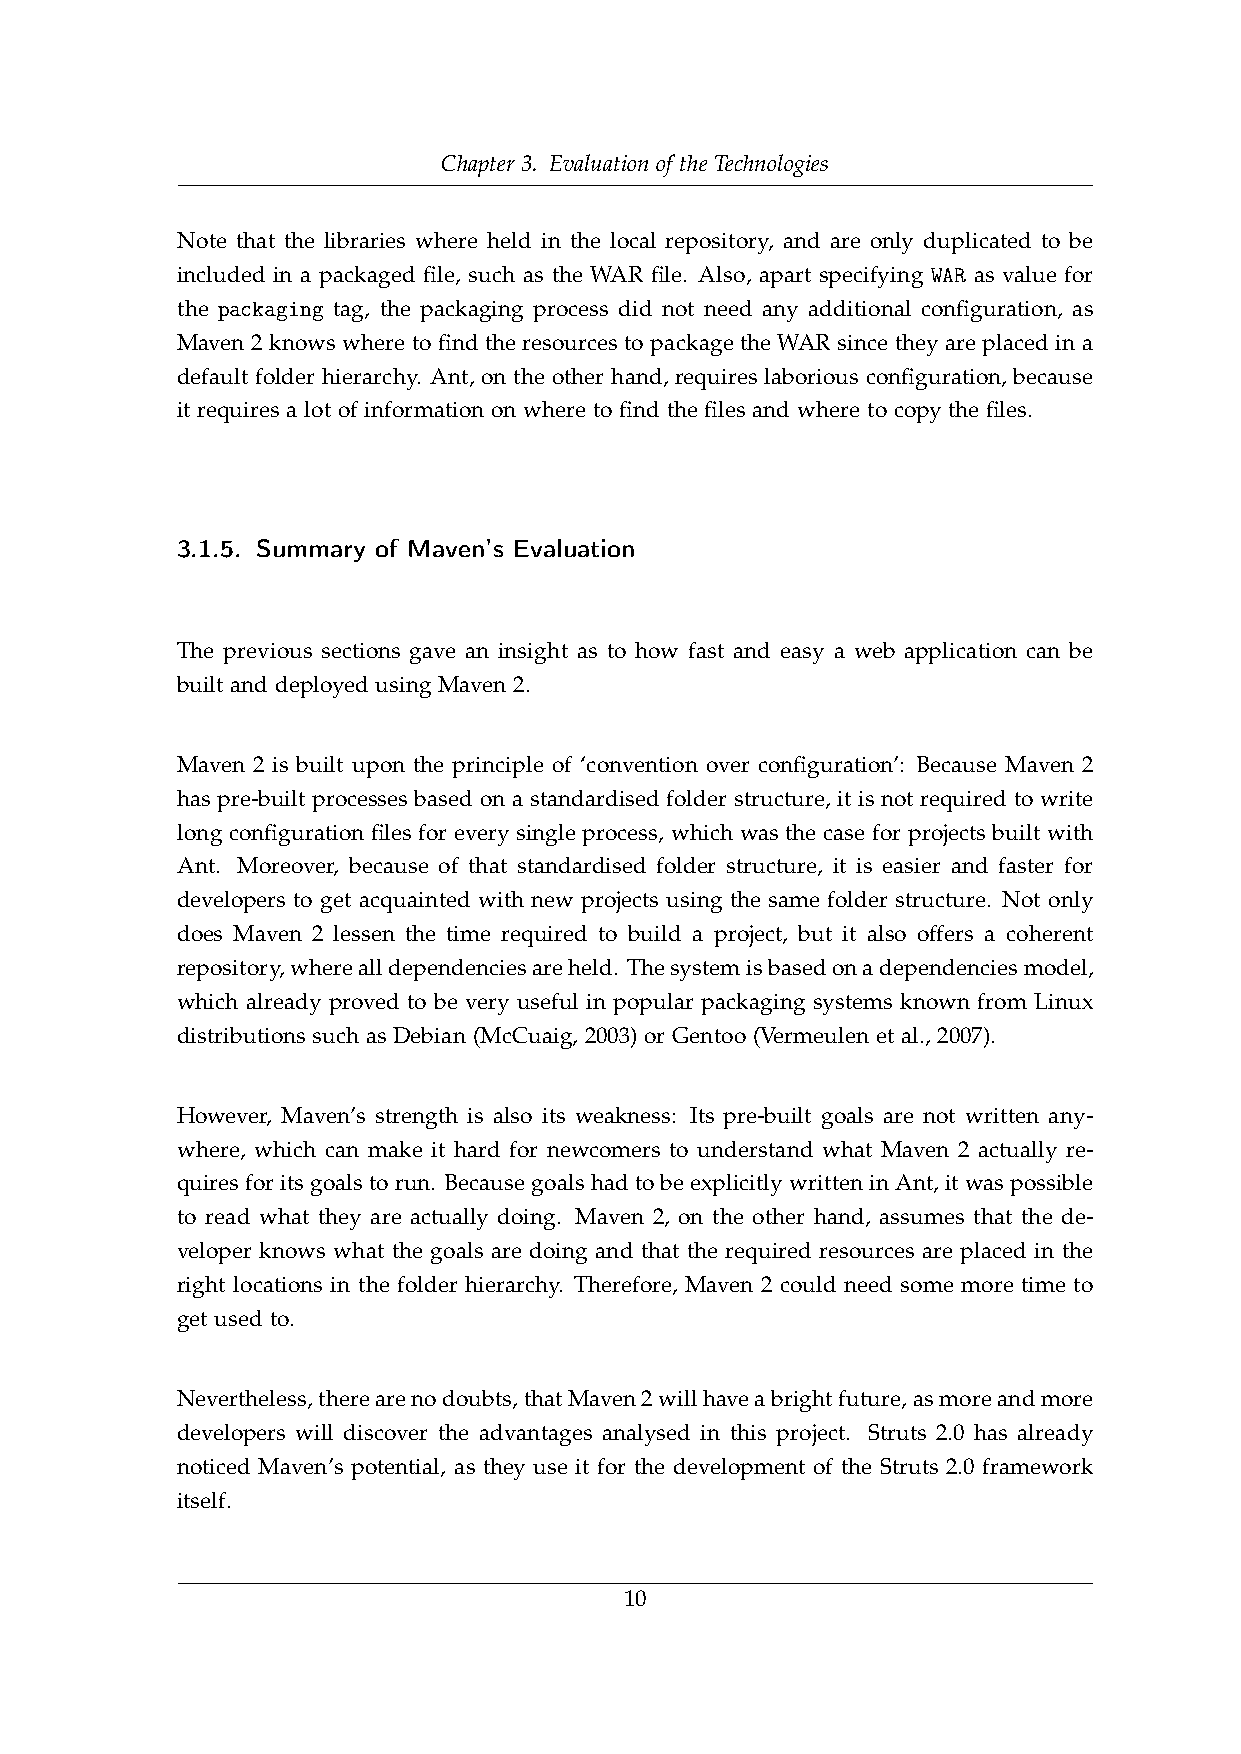
Chapter 3. Evaluation of the Technologies
 Note that the libraries where held in the local repository, and are only duplicated to be
 included in a packaged file, such as the WAR file. Also, apart specifying WAR as value for
 the packaging tag, the packaging process did not need any additional configuration, as
 Maven 2 knows where to find the resources to package the WAR since they are placed in a
 default folder hierarchy. Ant, on the other hand, requires laborious configuration, because
 it requires a lot of information on where to find the files and where to copy the files.
 3.1.5. Summary of Maven’s Evaluation
 The previous sections gave an insight as to how fast and easy a web application can be
 built and deployed using Maven 2.
 Maven 2 is built upon the principle of ‘convention over configuration’: Because Maven 2
 has pre-built processes based on a standardised folder structure, it is not required to write
 long configuration files for every single process, which was the case for projects built with
 Ant. Moreover, because of that standardised folder structure, it is easier and faster for
 developers to get acquainted with new projects using the same folder structure. Not only
 does Maven 2 lessen the time required to build a project, but it also offers a coherent
 repository,wherealldependenciesareheld. Thesystemisbasedonadependenciesmodel,
 which already proved to be very useful in popular packaging systems known from Linux
 distributions such as Debian (McCuaig, 2003) or Gentoo (Vermeulen et al., 2007).
 However, Maven’s strength is also its weakness: Its pre-built goals are not written any-
 where, which can make it hard for newcomers to understand what Maven 2 actually re-
 quiresforitsgoalstorun. BecausegoalshadtobeexplicitlywritteninAnt,itwaspossible
 to read what they are actually doing. Maven 2, on the other hand, assumes that the de-
 veloper knows what the goals are doing and that the required resources are placed in the
 right locations in the folder hierarchy. Therefore, Maven 2 could need some more time to
 get used to.
 Nevertheless,therearenodoubts,thatMaven2willhaveabrightfuture,asmoreandmore
 developers will discover the advantages analysed in this project. Struts 2.0 has already
 noticed Maven’s potential, as they use it for the development of the Struts 2.0 framework
 itself.
 10